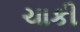
ચાકી